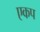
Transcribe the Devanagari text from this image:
एकप